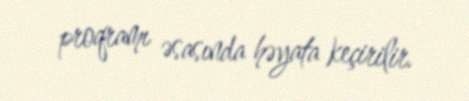
proqramı əsasında həyata keçirilir.